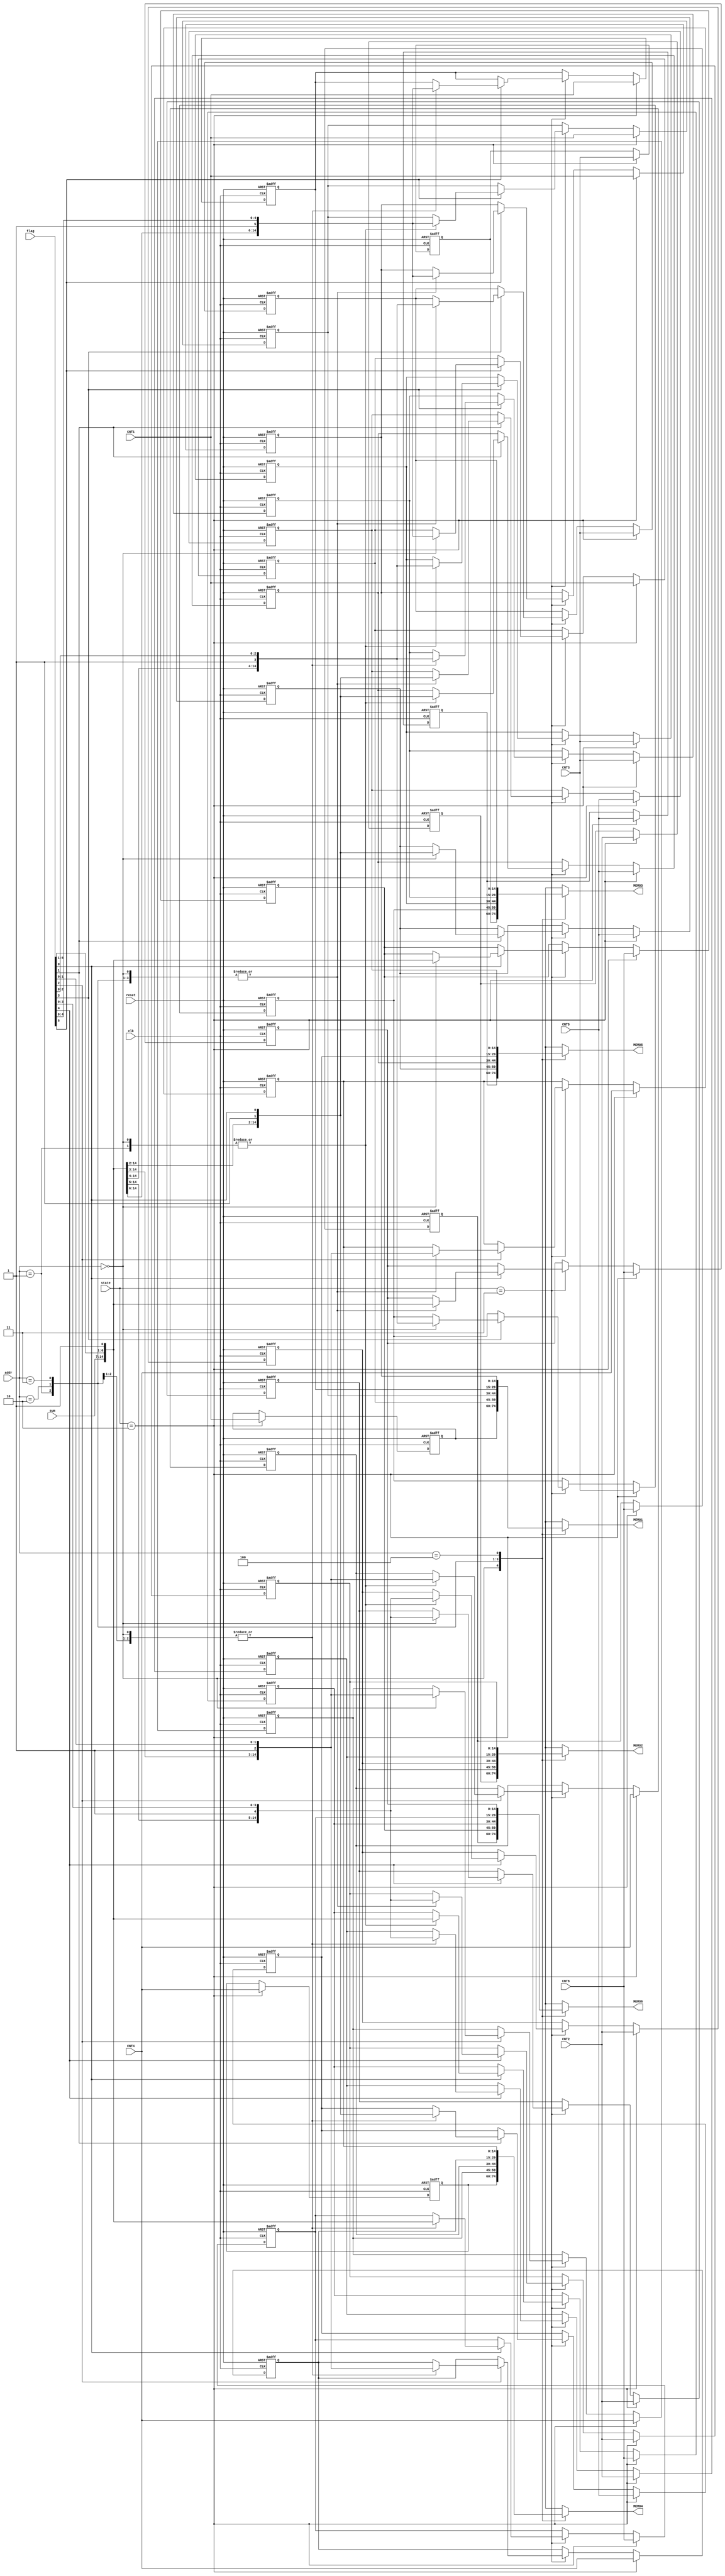
module CNTmem (clk,reset,addr,state,CNT1,CNT2,CNT3,CNT4,CNT5,CNT6,sum,flag,MEMO1,MEMO2,MEMO3,MEMO4,MEMO5,MEMO6);
	
	parameter	set = 2,
				sort = 3;
	input 	clk,
			reset;
	input	[2:0]	addr;
	input	[2:0] 	state;
	input	[14:0]	CNT1,CNT2,CNT3,CNT4,CNT5,CNT6;
					
	input	[7:0] 	sum;
	input	[6:0]	flag;
	output	[14:0]	MEMO1,MEMO2,MEMO3,MEMO4,MEMO5,MEMO6;
					
					
	reg		[14:0]	MEM1[4:0];
	reg		[14:0]	MEM2[4:0];
	reg		[14:0]	MEM3[4:0];
	reg		[14:0]	MEM4[4:0];
	reg		[14:0]	MEM5[4:0];
	reg		[14:0]	MEM6[4:0];
	
	assign 	MEMO1 = MEM1[addr];
	assign 	MEMO2 = MEM2[addr];
	assign 	MEMO3 = MEM3[addr];
	assign 	MEMO4 = MEM4[addr];
	assign 	MEMO5 = MEM5[addr];
	assign 	MEMO6 = MEM6[addr];
	
	
	always @ (posedge clk or posedge reset)
	begin
		if(reset)
		begin
			MEM1[0] <= 0;
			MEM1[1] <= 0;
			MEM1[2] <= 0;
			MEM1[3] <= 0;
			MEM1[4] <= 0;
			MEM1[5] <= 0;
			
			MEM2[0] <= 0;
			MEM2[1] <= 0;
			MEM2[2] <= 0;
			MEM2[3] <= 0;
			MEM2[4] <= 0;
			MEM2[5] <= 0;
			
			MEM3[0] <= 0;
			MEM3[1] <= 0;
			MEM3[2] <= 0;
			MEM3[3] <= 0;
			MEM3[4] <= 0;
			MEM3[5] <= 0;
			
			MEM4[0] <= 0;
			MEM4[1] <= 0;
			MEM4[2] <= 0;
			MEM4[3] <= 0;
			MEM4[4] <= 0;
			MEM4[5] <= 0;
			
			MEM5[0] <= 0;
			MEM5[1] <= 0;
			MEM5[2] <= 0;
			MEM5[3] <= 0;
			MEM5[4] <= 0;
			MEM5[5] <= 0;
			
			MEM6[0] <= 0;
			MEM6[1] <= 0;
			MEM6[2] <= 0;
			MEM6[3] <= 0;
			MEM6[4] <= 0;
			MEM6[5] <= 0;
		end
		else
		begin
			if(state == set)
			begin
				MEM1[0] <= CNT1;
				MEM1[1] <= CNT1;
				MEM1[2] <= CNT1;
				MEM1[3] <= CNT1;
				MEM1[4] <= CNT1;

				
				MEM2[0] <= CNT2;
				MEM2[1] <= CNT2;
				MEM2[2] <= CNT2;
				MEM2[3] <= CNT2;
				MEM2[4] <= CNT2;

				
				MEM3[0] <= CNT3;
				MEM3[1] <= CNT3;
				MEM3[2] <= CNT3;
				MEM3[3] <= CNT3;
				MEM3[4] <= CNT3;

				
				MEM4[0] <= CNT4;
				MEM4[1] <= CNT4;
				MEM4[2] <= CNT4;
				MEM4[3] <= CNT4;
				MEM4[4] <= CNT4;

				
				MEM5[0] <= CNT5;
				MEM5[1] <= CNT5;
				MEM5[2] <= CNT5;
				MEM5[3] <= CNT5;
				MEM5[4] <= CNT5;

				MEM6[0] <= CNT6;
				MEM6[1] <= CNT6;
				MEM6[2] <= CNT6;
				MEM6[3] <= CNT6;
				MEM6[4] <= CNT6;
			end
			else if (state == sort)
			begin
				if(flag[5])
				begin
					case(addr)
					0 :	begin
						MEM1[1] <= {sum,flag};
						MEM1[2] <= {sum,flag};
						MEM1[3] <= {sum,flag};
						MEM1[4] <= {sum,flag};
						end
					1 : begin
						MEM1[2] <= {sum,flag};
						MEM1[3] <= {sum,flag};
						MEM1[4] <= {sum,flag};
						end
					2 : begin
						MEM1[3] <= {sum,flag};
						MEM1[4] <= {sum,flag};
						end
					3 : begin
						MEM1[4] <= {sum,flag};
						end
					endcase
				end
				if(flag[4])
				begin
					case(addr)
					0 :	begin
						MEM2[1] <= {sum,flag};
						MEM2[2] <= {sum,flag};
						MEM2[3] <= {sum,flag};
						MEM2[4] <= {sum,flag};
						end
					1 : begin
						MEM2[2] <= {sum,flag};
						MEM2[3] <= {sum,flag};
						MEM2[4] <= {sum,flag};
						end
					2 : begin
						MEM2[3] <= {sum,flag};
						MEM2[4] <= {sum,flag};
						end
					3 : begin
						MEM2[4] <= {sum,flag};
						end
					endcase
				end
				if(flag[3])
				begin
					case(addr)
					0 :	begin
						MEM3[1] <= {sum,flag};
						MEM3[2] <= {sum,flag};
						MEM3[3] <= {sum,flag};
						MEM3[4] <= {sum,flag};
						end
					1 : begin
						MEM3[2] <= {sum,flag};
						MEM3[3] <= {sum,flag};
						MEM3[4] <= {sum,flag};
						end
					2 : begin
						MEM3[3] <= {sum,flag};
						MEM3[4] <= {sum,flag};
						end
					3 : begin
						MEM3[4] <= {sum,flag};
						end
					endcase
				end
				if(flag[2])
				begin
					case(addr)
					0 :	begin
						MEM4[1] <= {sum,flag};
						MEM4[2] <= {sum,flag};
						MEM4[3] <= {sum,flag};
						MEM4[4] <= {sum,flag};
						end
					1 : begin
						MEM4[2] <= {sum,flag};
						MEM4[3] <= {sum,flag};
						MEM4[4] <= {sum,flag};
						end
					2 : begin
						MEM4[3] <= {sum,flag};
						MEM4[4] <= {sum,flag};
						end
					3 : begin
						MEM4[4] <= {sum,flag};
						end
					endcase
				end
				if(flag[1])
				begin
					case(addr)
					0 :	begin
						MEM5[1] <= {sum,flag};
						MEM5[2] <= {sum,flag};
						MEM5[3] <= {sum,flag};
						MEM5[4] <= {sum,flag};
						end
					1 : begin
						MEM5[2] <= {sum,flag};
						MEM5[3] <= {sum,flag};
						MEM5[4] <= {sum,flag};
						end
					2 : begin
						MEM5[3] <= {sum,flag};
						MEM5[4] <= {sum,flag};
						end
					3 : begin
						MEM5[4] <= {sum,flag};
						end
					endcase
				end
				if(flag[0])
				begin
					case(addr)
					0 :	begin
						MEM6[1] <= {sum,flag};
						MEM6[2] <= {sum,flag};
						MEM6[3] <= {sum,flag};
						MEM6[4] <= {sum,flag};
						end
					1 : begin
						MEM6[2] <= {sum,flag};
						MEM6[3] <= {sum,flag};
						MEM6[4] <= {sum,flag};
						end
					2 : begin
						MEM6[3] <= {sum,flag};
						MEM6[4] <= {sum,flag};
						end
					3 : begin
						MEM6[4] <= {sum,flag};
						end
					endcase
				end
			end
		end
	end
endmodule